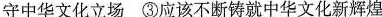
守中华文化立场 ③应该不断铸就中华文化新辉煌